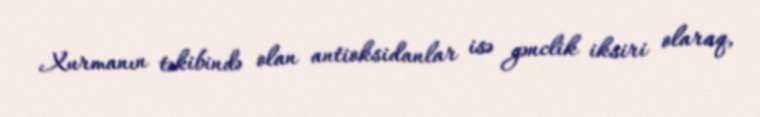
Xurmanın təkibində olan antioksidanlar isə gənclik iksiri olaraq,